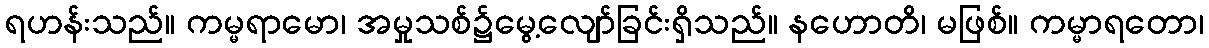
ရဟန်းသည်။ ကမ္မရာမော၊ အမှုသစ်၌မွေ့လျော်ခြင်းရှိသည်။ နဟောတိ၊ မဖြစ်။ ကမ္မာရတော၊